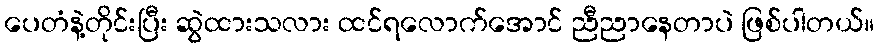
ပေတံနဲ့တိုင်းပြီး ဆွဲထားသလား ထင်ရလောက်အောင် ညီညာနေတာပဲ ဖြစ်ပါတယ်။